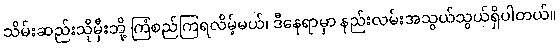
သိမ်းဆည်းသိုမှီးဘို့ ကြံစည်ကြရလိမ့်မယ်၊ ဒီနေရာမှာ နည်းလမ်းအသွယ်သွယ်ရှိပါတယ်။